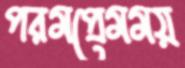
পরমপ্রেমময়